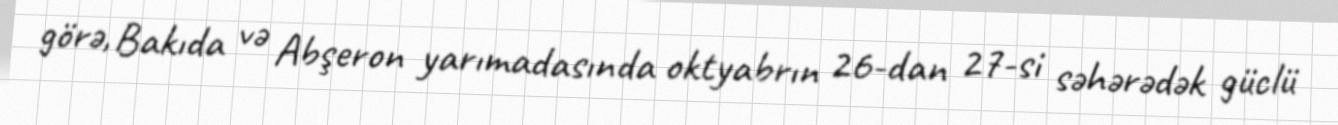
görə, Bakıda və Abşeron yarımadasında oktyabrın 26-dan 27-si səhərədək güclü